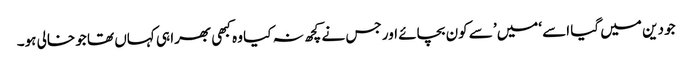
جو دین میں گیا اسے ‘میں’ سے کون بچائے اور جس نے کچھ نہ کیا وہ کبھی بھرا ہی کہاں تھا جو خالی ہو۔